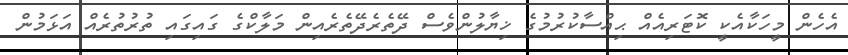
އެހެން މީހަކާއެކީ ކޮޓަރިއެއް ޙިއްސާކުރުމުގެ ޚިޔާލުންވެސް ދޭތެރެދޭތެރެއިން މަލާކްގެ ގައިގައި ތުރުތުރެއް އަޅަމުން